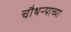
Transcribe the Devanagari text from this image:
चौथऱ्याच्या